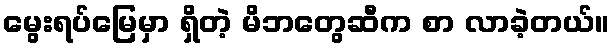
မွေးရပ်မြေမှာ ရှိတဲ့ မိဘတွေဆီက စာ လာခဲ့တယ်။